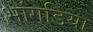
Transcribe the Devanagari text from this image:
भांगडिया